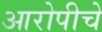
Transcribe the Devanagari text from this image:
आरोपीचे